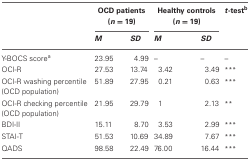
<table><thead><tr><td></td><td colspan="2"><b>OCD patients</b></td><td colspan="2"><b>Healthy controls</b></td><td><b><i>t</i>-test<sup>b</sup></b></td></tr><tr><td></td><td colspan="2"><b>(<i>n</i> = 19)</b></td><td colspan="2"><b>(<i>n</i> = 19)</b></td><td></td></tr><tr><td></td><td><b><i>M</i></b></td><td><b><i>SD</i></b></td><td><b><i>M</i></b></td><td><b><i>SD</i></b></td><td></td></tr></thead><tbody><tr><td>Y-BOCS score<sup>a</sup></td><td>23.95</td><td>4.99</td><td>–</td><td>–</td><td>–</td></tr><tr><td>OCI-R</td><td>27.53</td><td>13.74</td><td>3.42</td><td>3.49</td><td>***</td></tr><tr><td>OCI-R washing percentile (OCD population)</td><td>51.89</td><td>27.95</td><td>0.21</td><td>0.63</td><td>***</td></tr><tr><td>OCI-R checking percentile (OCD population)</td><td>21.95</td><td>29.79</td><td>1</td><td>2.13</td><td>**</td></tr><tr><td>BDI-II</td><td>15.11</td><td>8.70</td><td>3.53</td><td>2.99</td><td>***</td></tr><tr><td>STAI-T</td><td>51.53</td><td>10.69</td><td>34.89</td><td>7.67</td><td>***</td></tr><tr><td>QADS</td><td>98.58</td><td>22.49</td><td>76.00</td><td>16.44</td><td>***</td></tr></tbody></table>